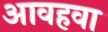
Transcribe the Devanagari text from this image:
आवहवा